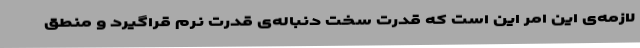
لازمه‌ی این امر این است که قدرت سخت دنباله‌ی قدرت نرم قراگیرد و منطق